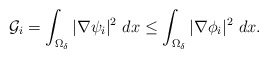
\begin{align*}\mathcal{G}_i=\int_{\Omega_\delta}|\nabla \psi_i|^2~dx \leq \int_{\Omega_\delta}|\nabla \phi_i|^2~dx.\end{align*}